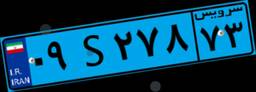
۰۹S۲۷۸۷۳